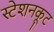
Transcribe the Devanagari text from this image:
स्टेशनकूट